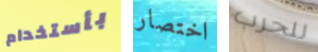
بأستخدام اختصار للحرب